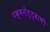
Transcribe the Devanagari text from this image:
पक्षनेतृत्वाची